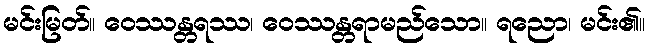
မင်းမြတ်။ ဝေဿန္တရဿ၊ ဝေဿန္တရာမည်သော။ ရညော၊ မင်း၏။